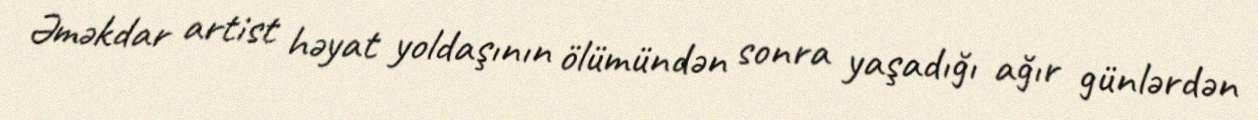
Əməkdar artist həyat yoldaşının ölümündən sonra yaşadığı ağır günlərdən